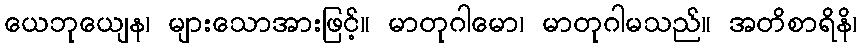
ယေဘုယျေန၊ များသောအားဖြင့်။ မာတုဂါမော၊ မာတုဂါမသည်။ အတိစာရိနိ၊